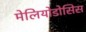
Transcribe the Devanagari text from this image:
मेलियोडोसिस